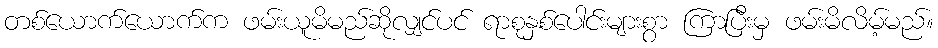
တစ်ယောက်ယောက်က ဖမ်းယူမိမည်ဆိုလျှင်ပင် ရာစုနှစ်ပေါင်းများစွာ ကြာပြီးမှ ဖမ်းမိလိမ့်မည်။